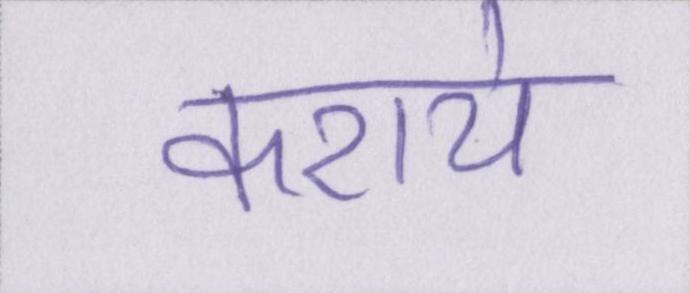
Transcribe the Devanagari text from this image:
कराये